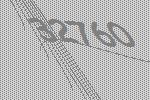
32760